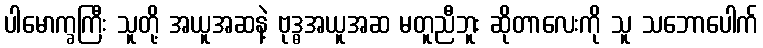
ပါမောက္ခကြီး သူတို့ အယူအဆနဲ့ ဗုဒ္ဓအယူအဆ မတူညီဘူး ဆိုတာလေးကို သူ သဘောပေါက်